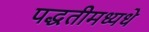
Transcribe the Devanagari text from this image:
पद्धतीमध्यधे